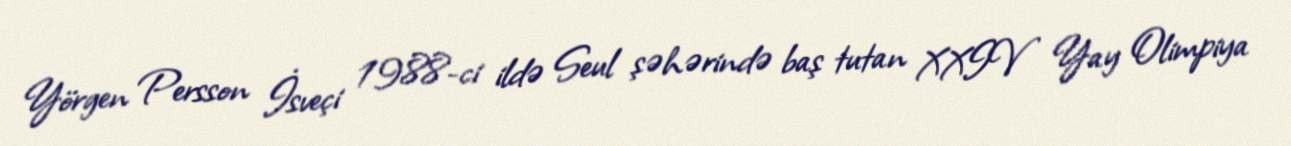
Yörgen Persson İsveçi 1988-ci ildə Seul şəhərində baş tutan XXIV Yay Olimpiya